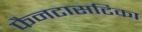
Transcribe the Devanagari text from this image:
फैनटासटिका